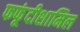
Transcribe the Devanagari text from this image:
फफूंदीशामिल